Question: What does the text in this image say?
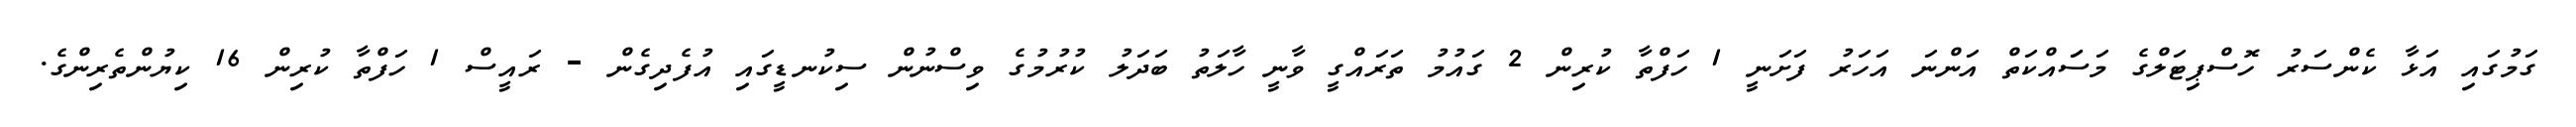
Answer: ގަމުގައި އަޅާ ކެންސަރު ހޮސްޕިޓަލްގެ މަސަައްކަތް އަންނަ އަހަރު ފަށަނީ 1 ހަފްތާ ކުރިން 2 ގައުމު ތަރައްގީ ވާނީ ހާލަތު ބަދަލު ކުރުމުގެ ވިސްނުން ސިކުނޑީގައި އުފެދިގެން - ރައީސް 1 ހަފްތާ ކުރިން 16 ކިޔުންތެރިންގެ.